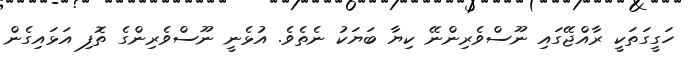
ހަގީގަތަކީ ރާއްޖޭގައި ނޫސްވެރިންނޭ ކިޔާ ބަޔަކު ނެތެވެ. އުޅެނީ ނޫސްވެރިންގެ ތޮފި އަޅައިގެން